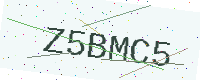
Text: Z5BMC5